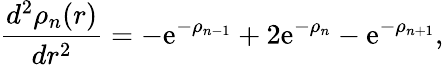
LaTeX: \frac{d^{2}\rho_{n}(r)}{dr^{2}}=-\mathrm{e}^{-\rho_{n-1}}+2\mathrm{e}^{-\rho_{n}}-\mathrm{e}^{-\rho_{n+1}},